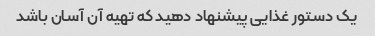
یک دستور غذایی پیشنهاد دهید که تهیه آن آسان باشد